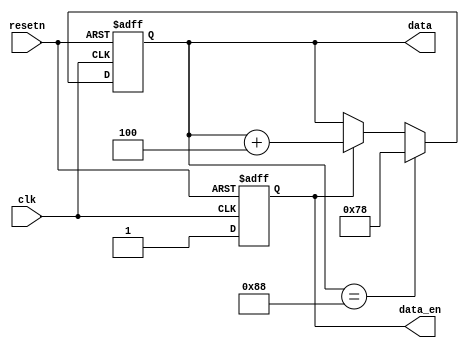
module data_generation_6(input clk, input resetn, output reg data_en, output reg [7:0] data);

 always@(posedge clk or negedge resetn)
 if(resetn == 1'b0)
 data_en <= 1'b0;
 else
 data_en <= 1'b1;


 always@(posedge clk or negedge resetn)
 if(resetn == 1'b0)
 data <= 8'd120;
 else if(data == 8'd136)
 data <= 8'd120;
 else if(data_en == 1'b1)
 data <= data + 3'd4;
 else
 data <= data;
 
endmodule